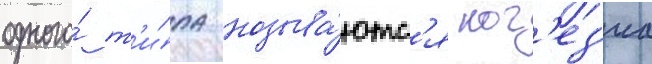
одного́ т'и́па называ́ютс'я ког'ез'иа